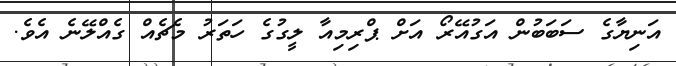
އަނިޔާގެ ސަބަބުން އަގުއޭރޯ އަށް ޕްރިމިއާ ލީގުގެ ހަތަރު މެޗެއް ގެއްލޭނެ އެވެ.